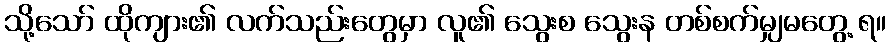
သို့သော် ထိုကျား၏ လက်သည်းတွေမှာ လူ၏ သွေးစ သွေးန တစ်စက်မျှမတွေ့ ရ။